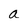
Character: a